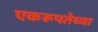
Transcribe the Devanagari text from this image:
एकरूपतेच्या